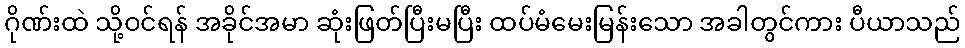
ဂိုဏ်းထဲ သို့ဝင်ရန် အခိုင်အမာ ဆုံးဖြတ်ပြီးမပြီး ထပ်မံမေးမြန်းသော အခါတွင်ကား ပီယာသည်